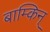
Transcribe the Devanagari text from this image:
बाम्किन्